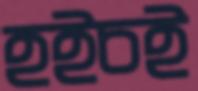
হইচই